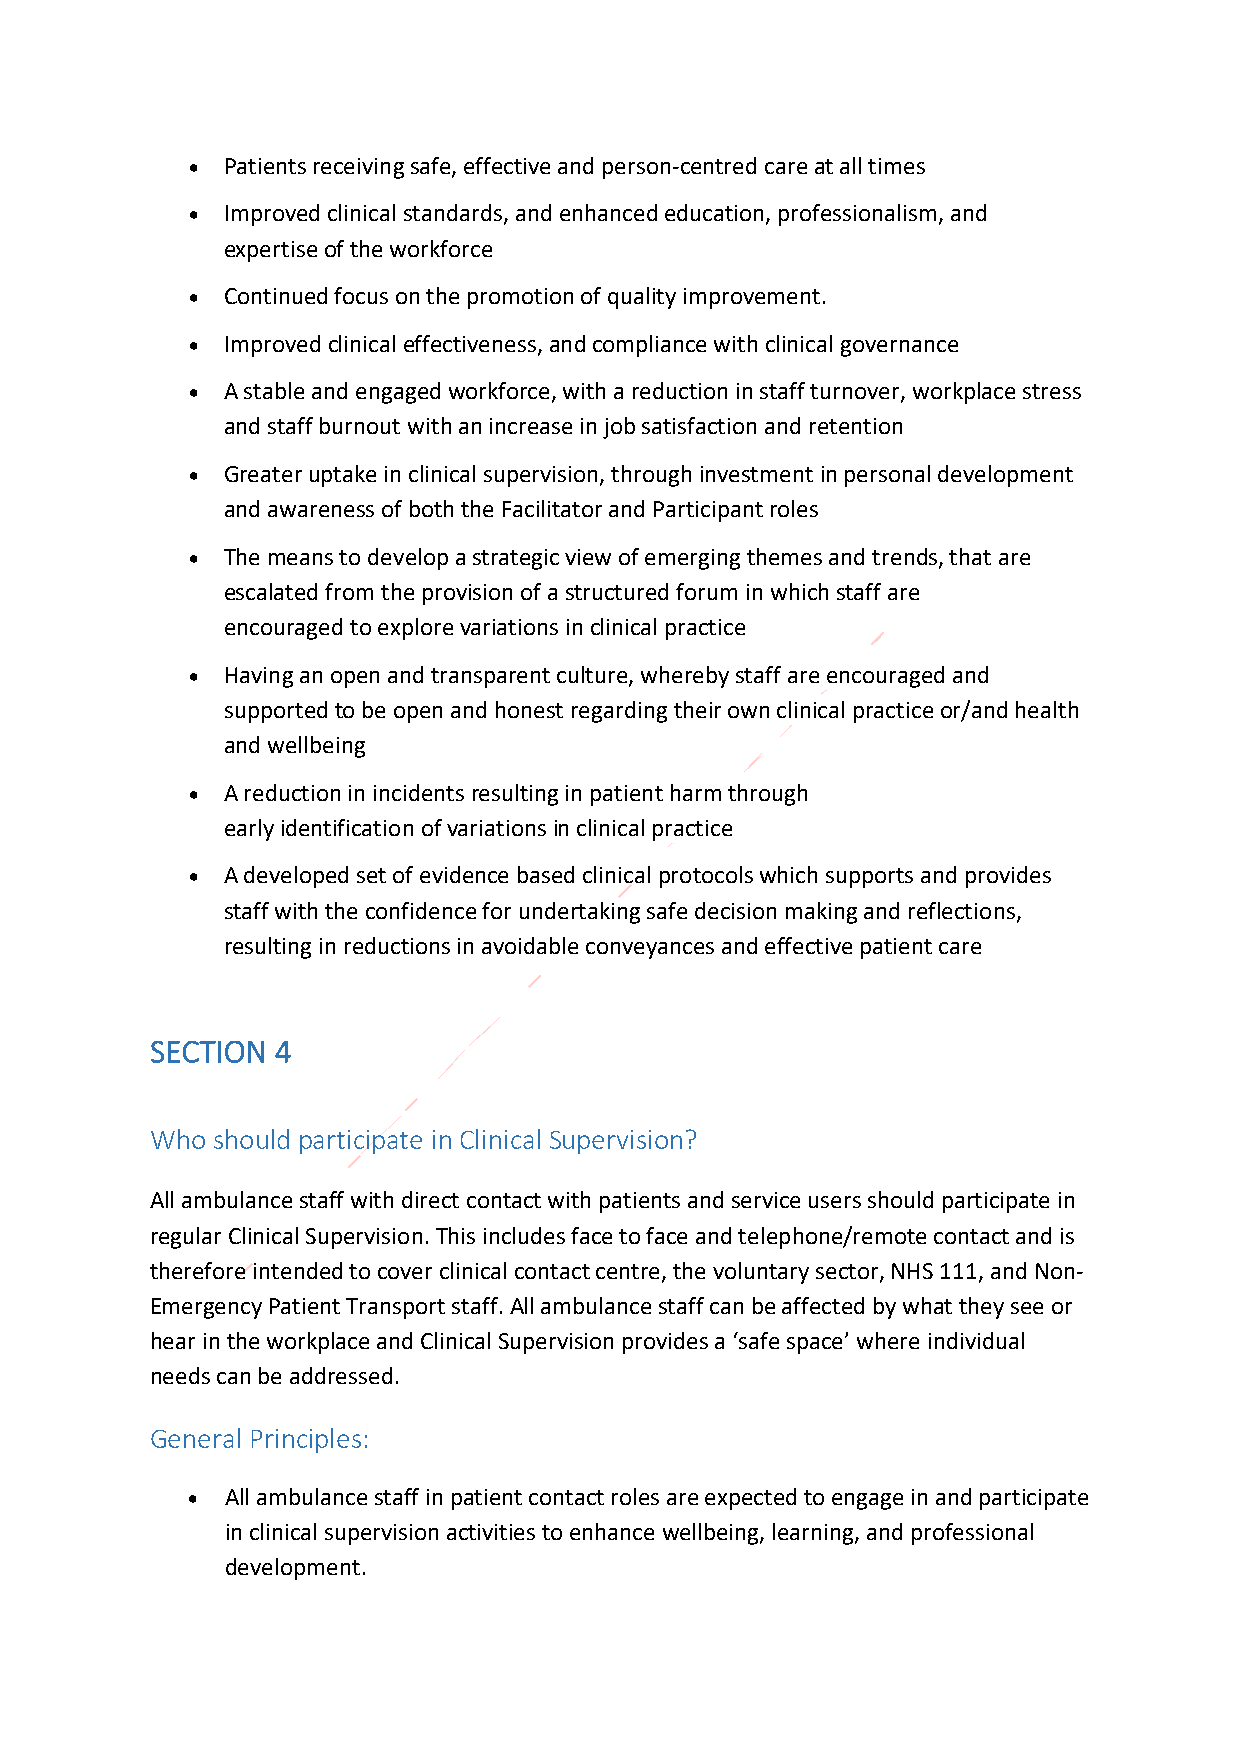
• Patients receiving safe, effective and person-centred care at all times
 • Improved clinical standards, and enhanced education, professionalism, and
 expertise of the workforce
 • Continued focus on the promotion of quality improvement.
 • Improved clinical effectiveness, and compliance with clinical governance
 • A stable and engaged workforce, with a reduction in staff turnover, workplace stress
 and staff burnout with an increase in job satisfaction and retention
 • Greater uptake in clinical supervision, through investment in personal development
 and awareness of both the Facilitator and Participant roles
 • The means to develop a strategic view of emerging themes and trends, that are
 escalated from the provision of a structured forum in which staff are
 encouraged to explore variations in clinical practice
 • Having an open and transparent culture, whereby staff are encouraged and
 supported to be open and honest regarding their own clinical practice or/and health
 and wellbeing
 • A reduction in incidents resulting in patient harm through
 early identification of variations in clinical practice
 • A developed set of evidence based clinical protocols which supports and provides
 staff with the confidence for undertaking safe decision making and reflections,
 resulting in reductions in avoidable conveyances and effective patient care
 SECTION 4
 Who should participate in Clinical Supervision?
 All ambulance staff with direct contact with patients and service users should participate in
 regular Clinical Supervision. This includes face to face and telephone/remote contact and is
 therefore intended to cover clinical contact centre, the voluntary sector, NHS 111, and Non-
 Emergency Patient Transport staff. All ambulance staff can be affected by what they see or
 hear in the workplace and Clinical Supervision provides a ‘safe space’ where individual
 needs can be addressed.
 General Principles:
 •  All ambulance staff in patient contact roles are expected to engage in and participate
 in clinical supervision activities to enhance wellbeing, learning, and professional
 development.